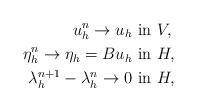
LaTeX: \begin{align*}u_h^n\to u_h &\mbox{ in } V, \\\eta_h^n\to \eta_h=Bu_h &\mbox{ in } H,\\\lambda_h^{n+1}-\lambda_h^n \to 0 &\mbox{ in } H,\end{align*}